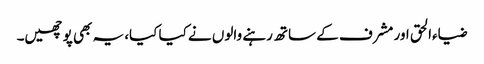
ضیاءالحق اور مشرف کے ساتھ رہنے والوں نے کیا کیا، یہ بھی پوچھیں۔